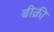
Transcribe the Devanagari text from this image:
बीक्री